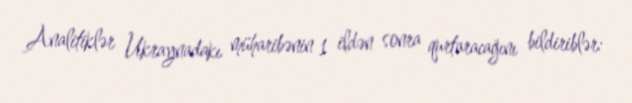
Analitiklər Ukraynadakı müharibənin 1 ildən sonra qurtaracağını bildiriblər: